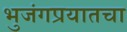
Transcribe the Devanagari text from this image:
भुजंगप्रयातचा